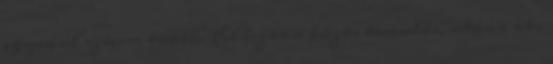
egyedül szívem többé." Először a közös tanulás, utána aki